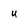
Character: U